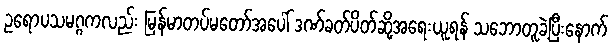
ဥရောပသမဂ္ဂကလည်း မြန်မာတပ်မတော်အပေါ် ဒဏ်ခတ်ပိတ်ဆို့အရေးယူရန် သဘောတူခဲ့ပြီးနောက်